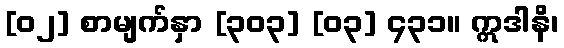
[၀၂] စာမျက်နှာ [၃၀၃] [၀၃] ၄၃၁။ ဣဒါနိ၊